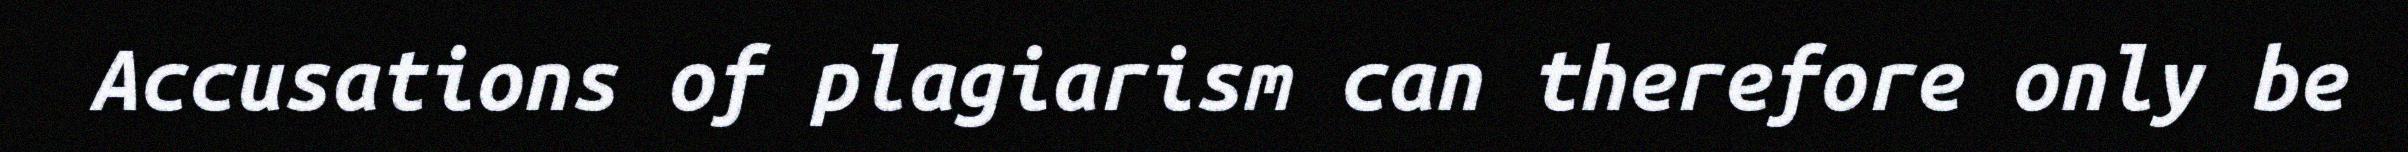
Accusations of plagiarism can therefore only be